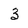
Character: 3